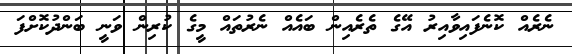
ނެރެއް ކޮނެފައިވާއިރު އޭގެ ތެރެއިން ބައެއް ނެރުތައް މީގެ ކުރިން ވަނީ ބަންދުކޮށްފަ